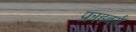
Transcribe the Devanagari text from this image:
फ्राइबर्ग